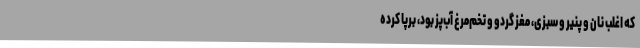
که اغلب نان و پنیر و سبزی، مغز گردو و تخم‌مرغ آب‌پز بود، برپا کرده